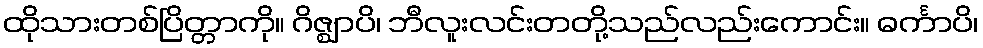
ထိုသားတစ်ပြိတ္တာကို။ ဂိဇ္ဈာပိ၊ ဘီလူးလင်းတတို့သည်လည်းကောင်း။ ဓင်္ကာပိ၊